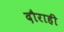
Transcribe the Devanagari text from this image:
दौराही